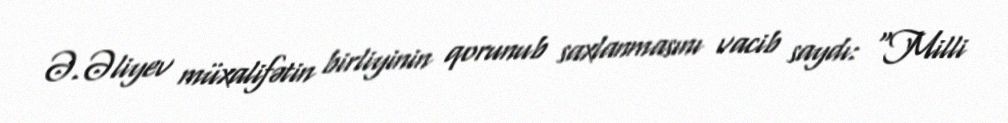
Ə.Əliyev müxalifətin birliyinin qorunub saxlanmasını vacib saydı: “Milli